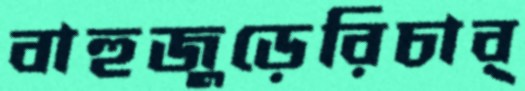
বাহুজুড়েরিচার্